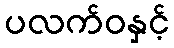
ပလက်ဝနှင့်